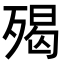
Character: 𣨵